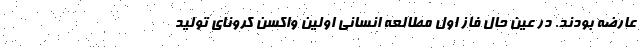
عارضه بودند. در عین حال فاز اول مطالعه انسانی اولین واکسن کرونای تولید